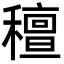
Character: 䆄